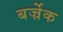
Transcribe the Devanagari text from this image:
बर्ज्रेक